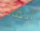
إبقاء